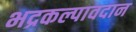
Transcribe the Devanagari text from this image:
भद्रकल्पावदान